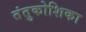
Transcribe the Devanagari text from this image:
तंतुकोशिका